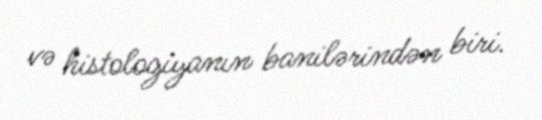
və histologiyanın banilərindən biri.